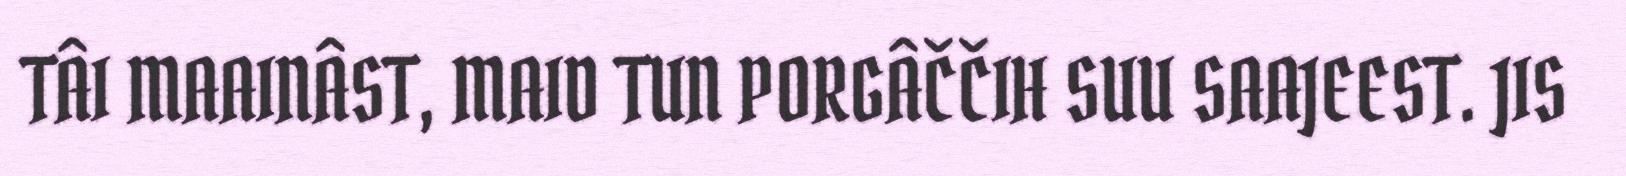
TÂI MAAINÂST, MAID TUN PORGÂČČIH SUU SAAJEEST. JIS